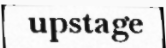
upstage